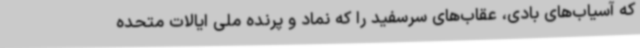
که آسیاب‌های بادی، عقاب‌های سرسفید را که نماد و پرنده ملی ایالات متحده